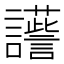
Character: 𧭽